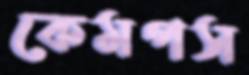
কেমপস